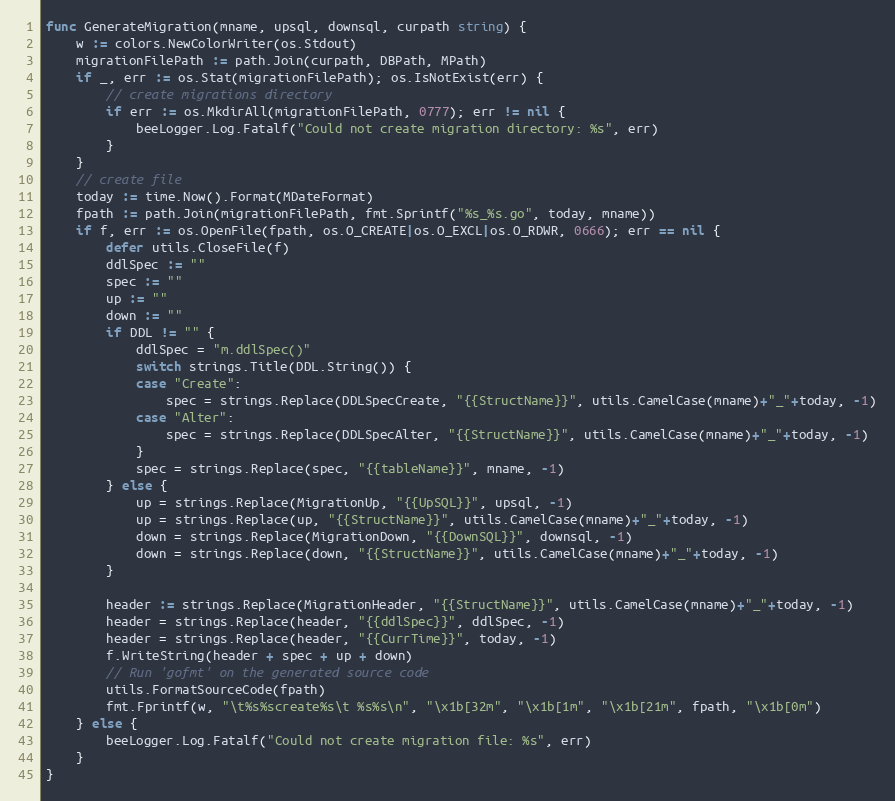
Language: Go
func GenerateMigration(mname, upsql, downsql, curpath string) {
	w := colors.NewColorWriter(os.Stdout)
	migrationFilePath := path.Join(curpath, DBPath, MPath)
	if _, err := os.Stat(migrationFilePath); os.IsNotExist(err) {
		// create migrations directory
		if err := os.MkdirAll(migrationFilePath, 0777); err != nil {
			beeLogger.Log.Fatalf("Could not create migration directory: %s", err)
		}
	}
	// create file
	today := time.Now().Format(MDateFormat)
	fpath := path.Join(migrationFilePath, fmt.Sprintf("%s_%s.go", today, mname))
	if f, err := os.OpenFile(fpath, os.O_CREATE|os.O_EXCL|os.O_RDWR, 0666); err == nil {
		defer utils.CloseFile(f)
		ddlSpec := ""
		spec := ""
		up := ""
		down := ""
		if DDL != "" {
			ddlSpec = "m.ddlSpec()"
			switch strings.Title(DDL.String()) {
			case "Create":
				spec = strings.Replace(DDLSpecCreate, "{{StructName}}", utils.CamelCase(mname)+"_"+today, -1)
			case "Alter":
				spec = strings.Replace(DDLSpecAlter, "{{StructName}}", utils.CamelCase(mname)+"_"+today, -1)
			}
			spec = strings.Replace(spec, "{{tableName}}", mname, -1)
		} else {
			up = strings.Replace(MigrationUp, "{{UpSQL}}", upsql, -1)
			up = strings.Replace(up, "{{StructName}}", utils.CamelCase(mname)+"_"+today, -1)
			down = strings.Replace(MigrationDown, "{{DownSQL}}", downsql, -1)
			down = strings.Replace(down, "{{StructName}}", utils.CamelCase(mname)+"_"+today, -1)
		}

		header := strings.Replace(MigrationHeader, "{{StructName}}", utils.CamelCase(mname)+"_"+today, -1)
		header = strings.Replace(header, "{{ddlSpec}}", ddlSpec, -1)
		header = strings.Replace(header, "{{CurrTime}}", today, -1)
		f.WriteString(header + spec + up + down)
		// Run 'gofmt' on the generated source code
		utils.FormatSourceCode(fpath)
		fmt.Fprintf(w, "\t%s%screate%s\t %s%s\n", "\x1b[32m", "\x1b[1m", "\x1b[21m", fpath, "\x1b[0m")
	} else {
		beeLogger.Log.Fatalf("Could not create migration file: %s", err)
	}
}